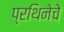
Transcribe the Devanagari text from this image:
प्रथिनेचे